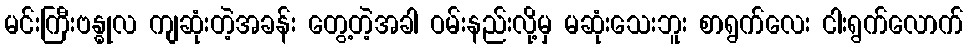
မင်းကြီးဗန္ဓုလ ကျဆုံးတဲ့အခန်း တွေ့တဲ့အခါ ဝမ်းနည်းလို့မှ မဆုံးသေးဘူး စာရွက်လေး ငါးရွက်လောက်